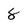
Character: 8